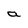
Character: a